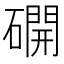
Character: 𥖆